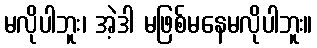
မလိုပါဘူး၊ အဲ့ဒါ မဖြစ်မနေမလိုပါဘူး။